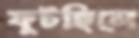
ফুটছিলে